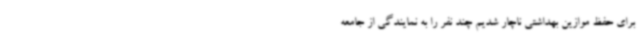
برای حفظ موازین بهداشتی ناچار شدیم چند نفر را به نمایندگی از جامعه